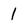
Character: 1